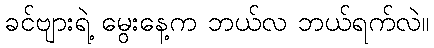
ခင်ဗျားရဲ့ မွေးနေ့က ဘယ်လ ဘယ်ရက်လဲ။